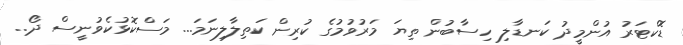
ޑޮކްޓަރު އުންމީދު ކަނޑާލި ހިސާބުން ތިޔަ މަރުވުމުގެ ކުރިން ކަތިލާލިނަމަ... މަސްކޮޅުކެވުނީސް ދޯ..